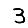
Digit: 3